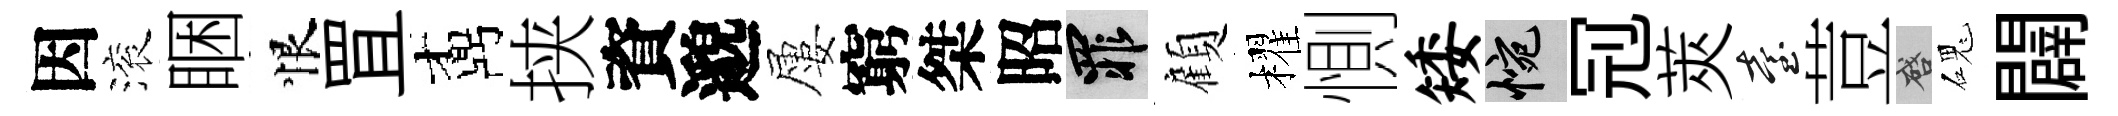
因滚睏恨罝鼒挟資邈屢窮桀昭罪顧櫂惻矮惋𠜍莢臺荳啓磈闢